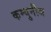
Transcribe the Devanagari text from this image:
कम्युनीज